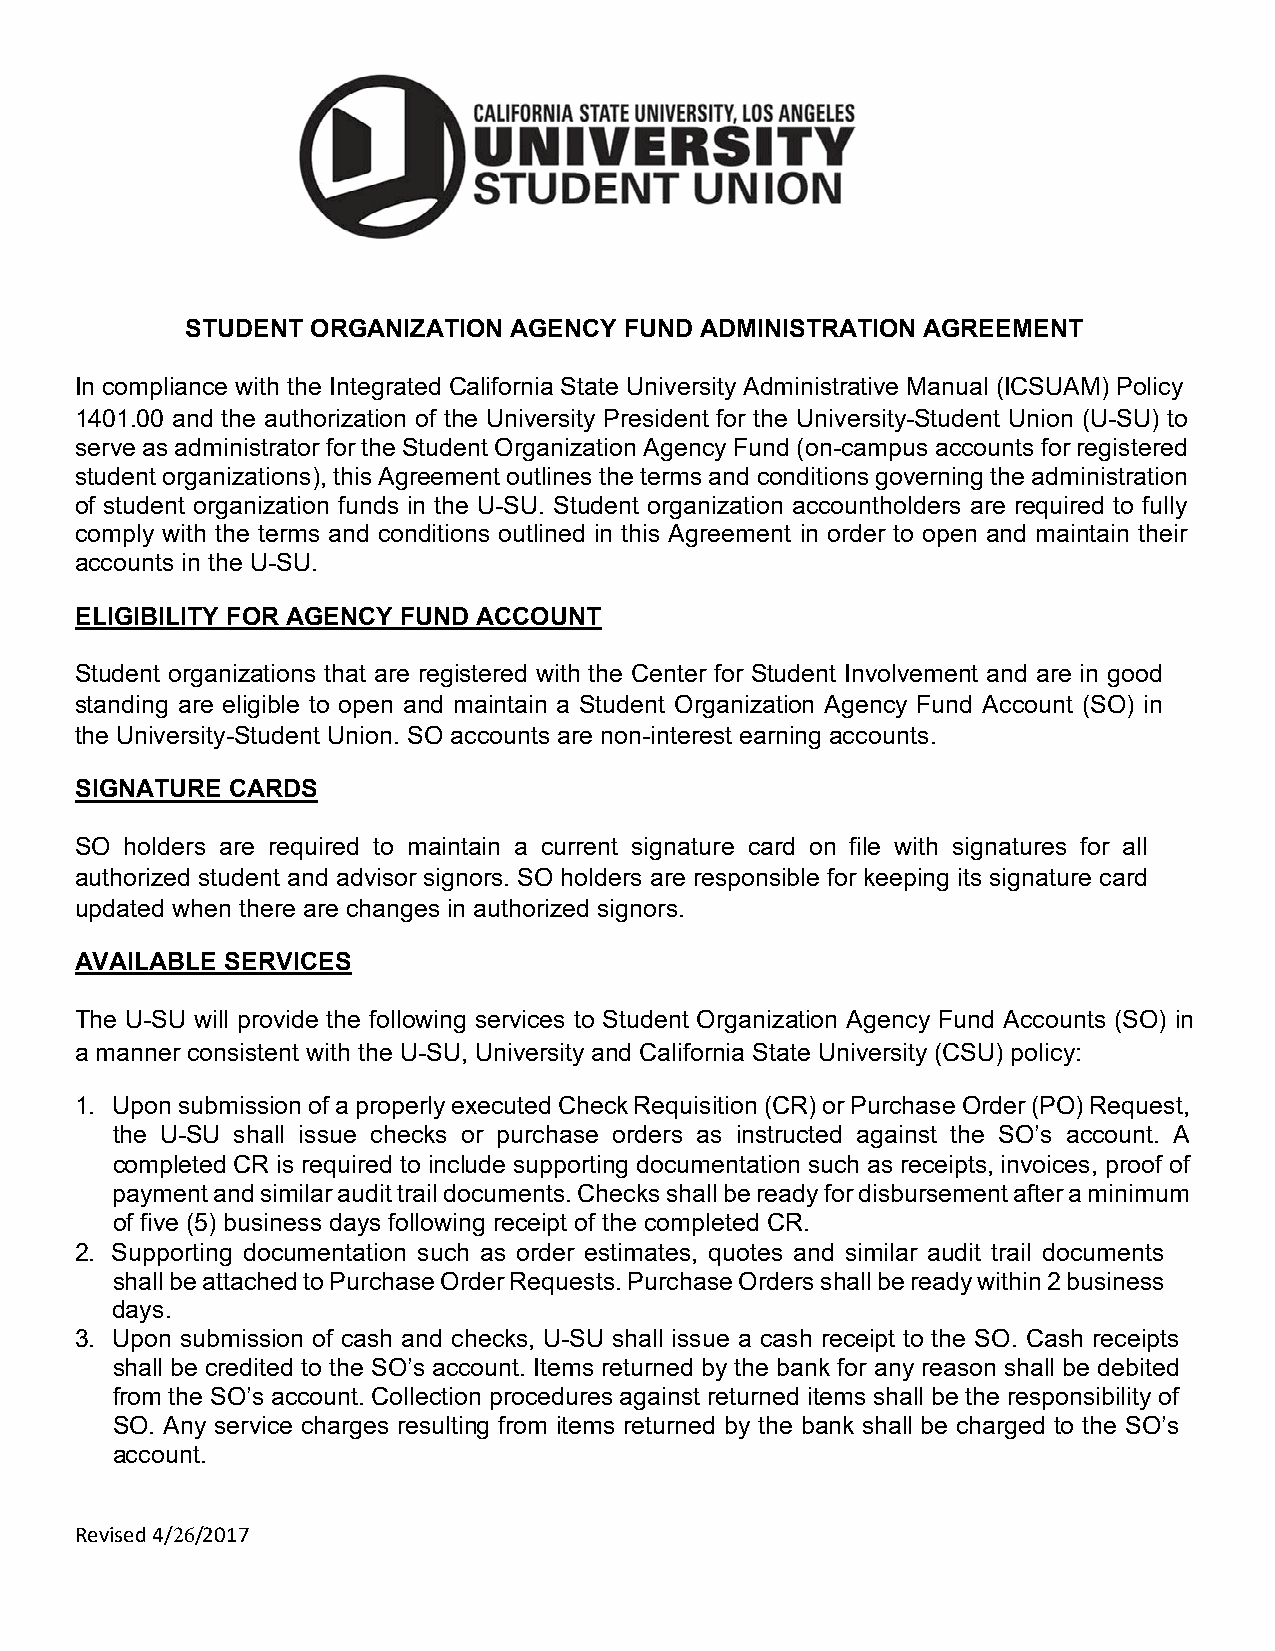
STUDENT  ORGANIZATION AGENCY FUND ADMINISTRATION AGREEMENT
 In compliance with the Integrated California State University Administrative Manual (ICSUAM) Policy
 1401.00 and the authorization of the University President for the University-Student Union (U-SU) to
 serve as administrator for the Student Organization Agency Fund (on-campus accounts for registered
 student organizations), this Agreement outlines the terms and conditions governing the administration
 of student organization funds in the U-SU. Student organization accountholders are required to fully
 comply with the terms and conditions outlined in this Agreement in order to open and maintain their
 accounts in the U-SU.
 ELIGIBILITY FOR AGENCY FUND ACCOUNT
 Student organizations that are registered with the Center for Student Involvement and are in good
 standing are eligible to open and maintain a Student Organization Agency Fund Account (SO) in
 the University-Student Union. SO accounts are non-interest earning accounts.
 SIGNATURE CARDS
 SO holders are required to maintain a current signature card on file with signatures for all
 authorized student and advisor signors. SO holders are responsible for keeping its signature card
 updated when there are changes in authorized signors.
 AVAILABLE SERVICES
 The U-SU will provide the following services to Student Organization Agency Fund Accounts (SO) in
 a manner consistent with the U-SU, University and California State University (CSU) policy:
 1. Upon submission of a properly executed Check Requisition (CR) or Purchase Order (PO) Request,
 the U-SU shall issue checks or purchase orders as instructed against the SO’s account. A
 completed CR is required to include supporting documentation such as receipts, invoices, proof of
 payment and similar audit trail documents. Checks shall be ready for disbursement after a minimum
 of five (5) business days following receipt of the completed CR.
 2. Supporting documentation such as order estimates, quotes and similar audit trail documents
 shall be attached to Purchase Order Requests. Purchase Orders shall be ready within 2 business
 days.
 3. Upon submission of cash and checks, U-SU shall issue a cash receipt to the SO. Cash receipts
 shall be credited to the SO’s account. Items returned by the bank for any reason shall be debited
 from the SO’s account. Collection procedures against returned items shall be the responsibility of
 SO. Any service charges resulting from items returned by the bank shall be charged to the SO’s
 account.
 Revised 4/26/2017